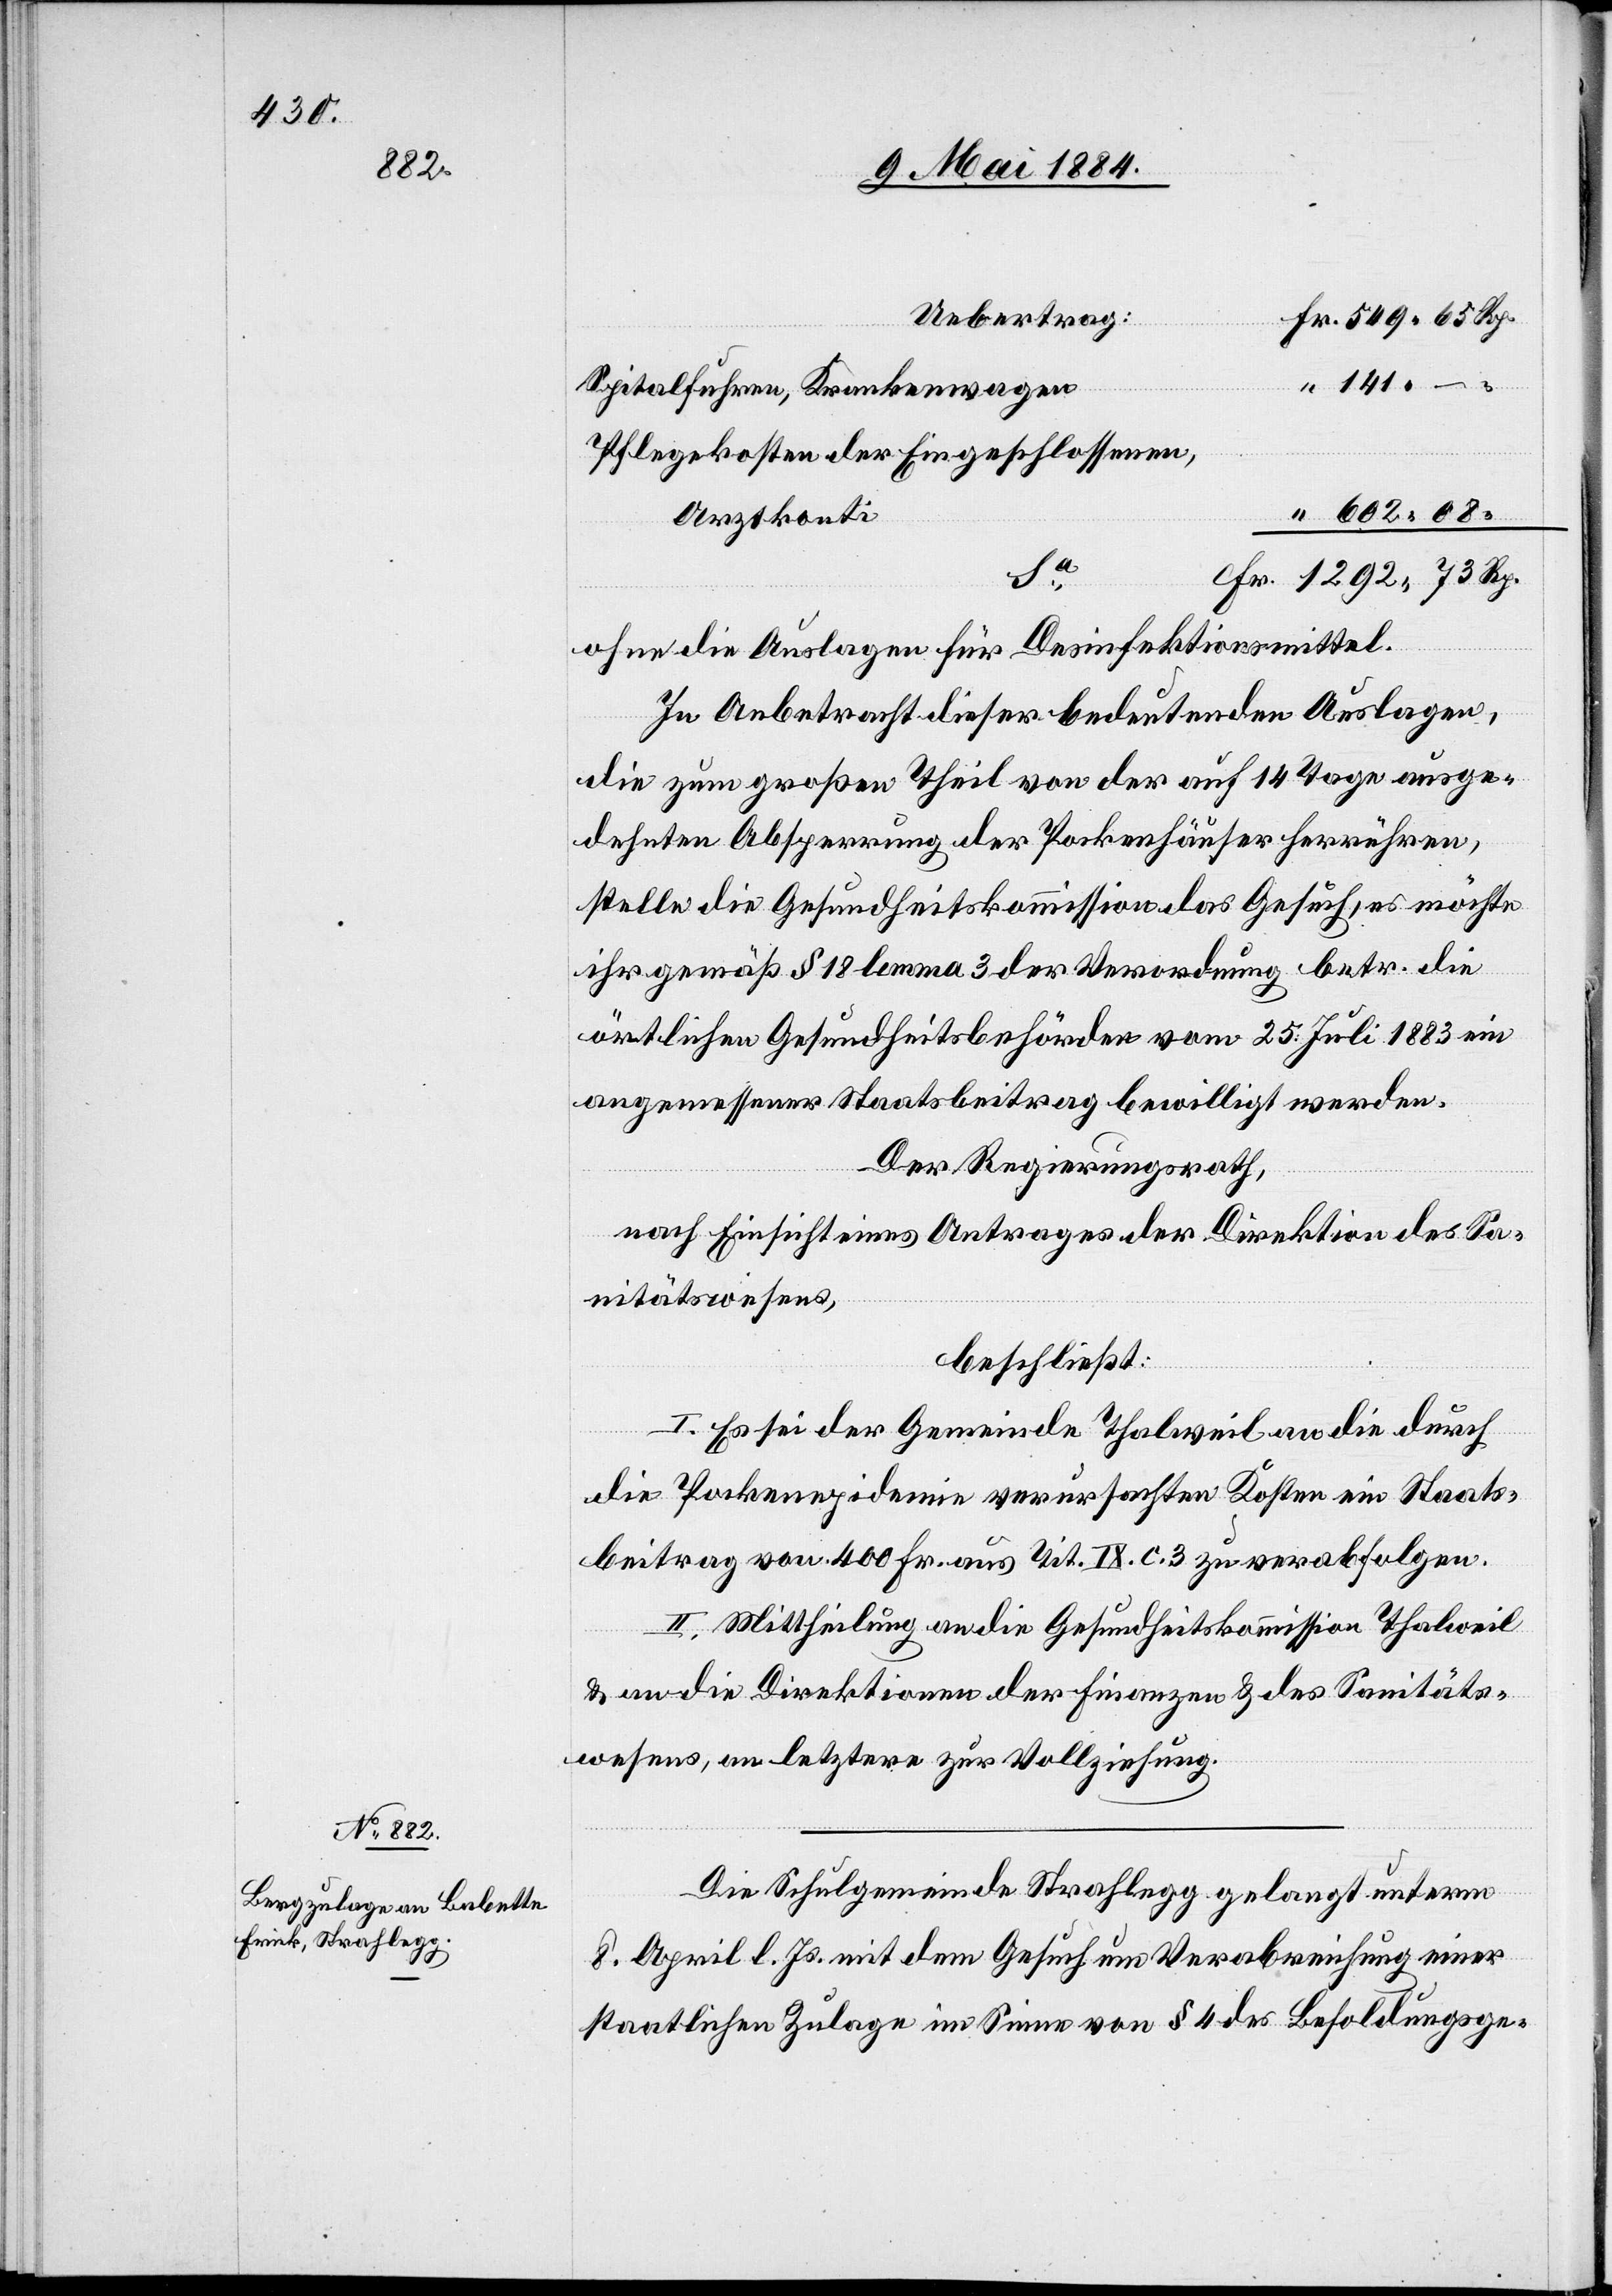
Uebertrag
Spitalfuhren, Krankenwagen
Pflegekosten der Eingeschlossenen,
Arztkonti
Fr.
ohne die Auslagen für Desinfektionsmittel.
In Anbetracht dieser bedeutenden Auslage,
die zum großen Theil von der auf 14 Tage ausge¬
dehnten Absperrung der Pockenhäuser herrühren,
stelle die Gesundheitskommission das Gesuch, es möchte
ihr gemäß § 18 lemma 3 der Verordnung betr. die
örtlichen Gesundheitsbehörden vom 25. Juli 1883 ein
angemessener Staatsbeitrag bewilligt werden.
Der Regierungsrath,
nach Einsicht eines Antrages der Direktion des Sa¬
nitätswesens,
beschließt:
I. Es sei der Gemeinde Thalweil die durch
die Pockenepidemie verursachten Kosten ein Staats¬
beitrag von 400 Fr. aus Tit. IX. C. 3 zu verabfolgen.
II. Mittheilung an die Gesundheitskommission Thalweil
& an die Direktion der Finanzen & des Sanitäts¬
wesens, an letztere zur Vollziehung.
Die Schulgemeinde Strahlegg gelangt unterm
8. April l. Js. mit dem Gesuch um Verabreichung einer
staatlichen Zulage im Sinne von § 4 des Besoldungsge-